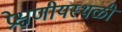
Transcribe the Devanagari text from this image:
प्रेक्षणीयस्थळी